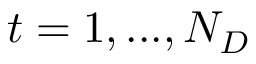
t = 1 , . . . , N _ { D }